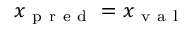
x _ { \mathrm { ~ p ~ r ~ e ~ d ~ } } = x _ { \mathrm { ~ v ~ a ~ l ~ } }